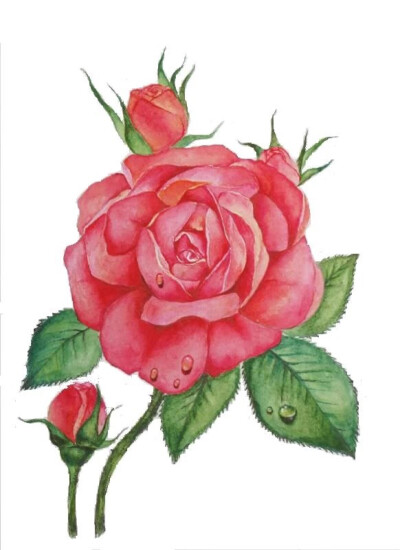
别有根芽，不是人间富贵花。